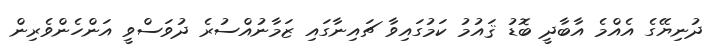
ދުނިޔޭގެ އެއްމެ އާބާދީ ބޮޑު ޤައުމު ކަމުގައިވާ ޗައިނާގައި ޒަމާނުއްސުރެ ދުވަސްވީ އަންހެންވެރިން